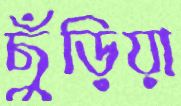
ছুঁড়িয়া